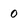
Character: o